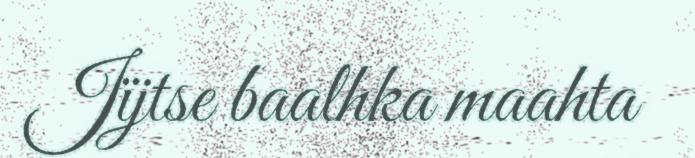
Jïjtse baalhka maahta